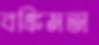
বঙ্কিমতা